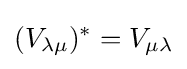
(V_{\lambda \mu })^{*}=V_{\mu \lambda }